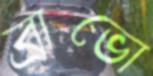
ব্রাভো